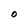
Character: O